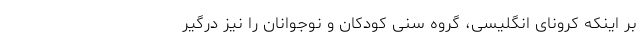
بر اینکه کرونای انگلیسی، گروه سنی کودکان و نوجوانان را نیز درگیر